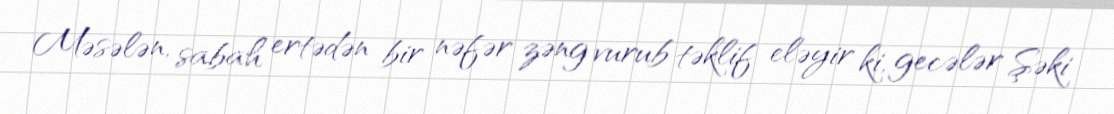
Məsələn, sabah ertədən bir nəfər zəng vurub təklif eləyir ki, gecələr Şəki